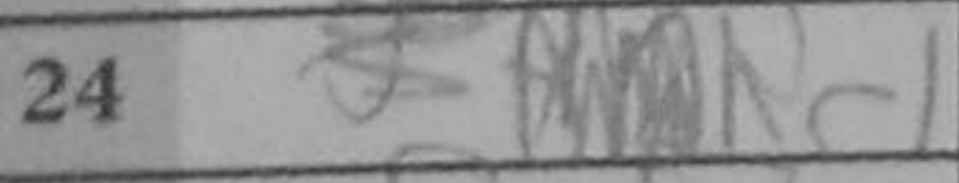
Transcription: Rc1